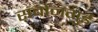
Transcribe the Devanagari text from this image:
सबोनगुई